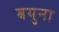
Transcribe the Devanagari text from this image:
बयुना